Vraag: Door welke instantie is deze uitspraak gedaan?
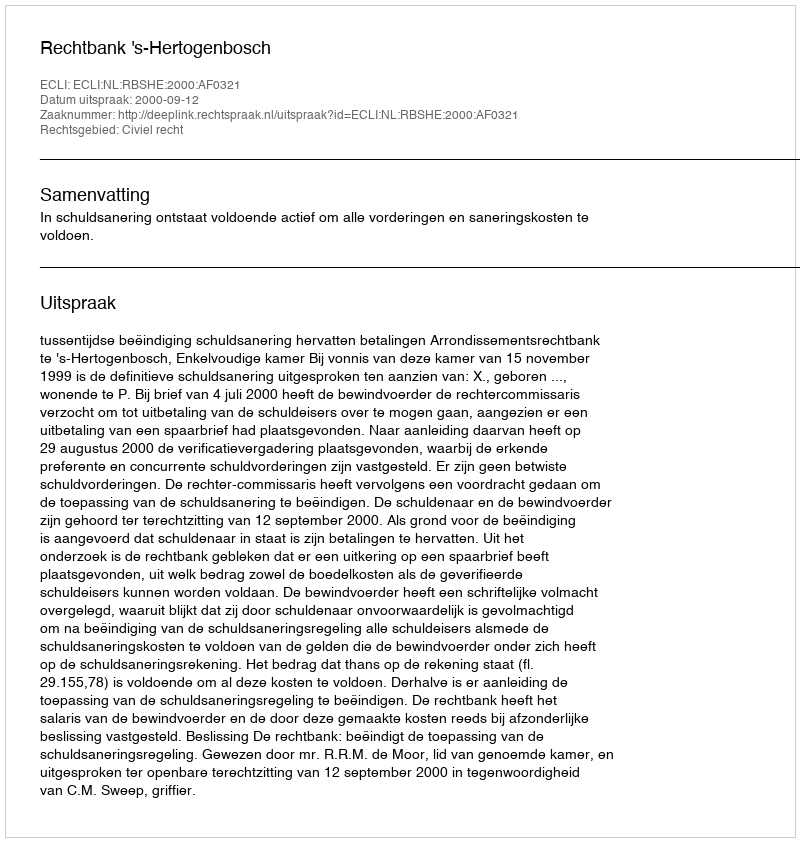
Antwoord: Rechtbank 's-Hertogenbosch